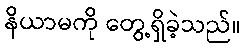
နိယာမကို တွေ့ရှိခဲ့သည်။